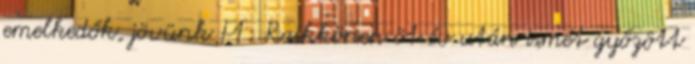
emelkedők, jövünk F1: Raikkönen öt év után ismét győzött